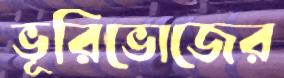
ভূরিভোজের